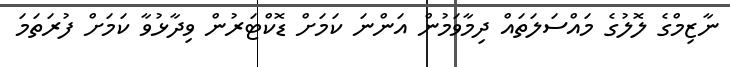
ނާޒިމްގެ ލޮލުގެ މައްސަލަތައް ދިމާވަމުން އަންނަ ކަމަށް ޑޮކްޓަރުން ވިދާޅުވާ ކަމަށް ފުރަތަމަ